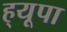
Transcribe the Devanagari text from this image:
ह्‌यूपा